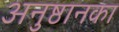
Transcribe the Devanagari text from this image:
अनुष्ठानका